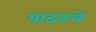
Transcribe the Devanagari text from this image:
यादवचे